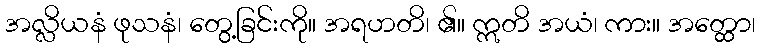
အလ္လိယနံ ဖုသနံ၊ တွေ့ခြင်းကို။ အရဟတိ၊ ၏။ ဣတိ အယံ၊ ကား။ အတ္ထော၊